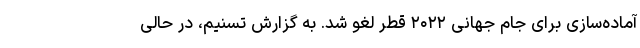
آماده‌سازی برای جام جهانی ۲۰۲۲ قطر لغو شد. به گزارش تسنیم، در حالی